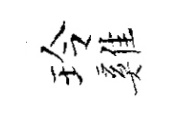
玲雞